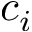
c _ { i }